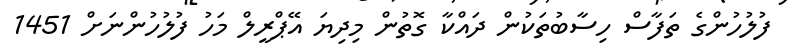
ފުލުހުންގެ ތަފާސް ހިސާބުތަކުން ދައްކާ ގޮތުން މިދިޔަ އޭޕްރީލް މަހު ފުލުހުންނަށް 1451